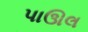
પાઊલ